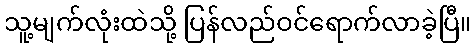
သူ့မျက်လုံးထဲသို့ ပြန်လည်ဝင်ရောက်လာခဲ့ပြီ။